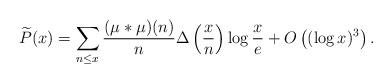
LaTeX: \begin{align*} \widetilde{P}(x) = \sum_{n\leq x}\frac{(\mu*\mu)(n)}{n}\Delta\left(\frac{x}{n}\right)\log\frac{x}{e} + O\left((\log x)^3\right). \end{align*}